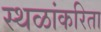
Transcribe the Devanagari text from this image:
स्थळांकरिता